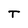
Character: T